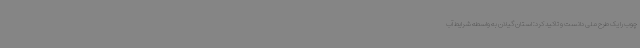
چوب را یک طرح ملی دانست و تاکید کرد: استان گیلان به واسطه شرایط آب